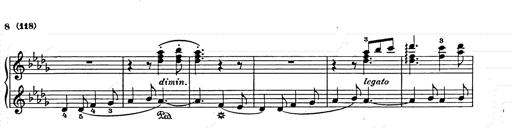
Title: Weihnachtsbaum
Composer: Franz Liszt